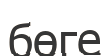
бөге